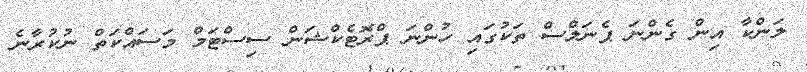
ލަންކާ އިން ގެންނަ ޕެނަލްސް ތަކުގައި ހުންނަ ޕްރޮޓެކްޝަން ސިސްޓަމް މަސައްކަތް ނުކުރާނެ